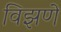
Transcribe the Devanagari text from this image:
विझणे